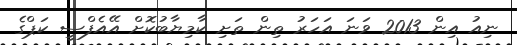
ނިއު އިން 2013 ވަނަ އަހަރު ތިން ތަށި ކާމިޔާބުކޮށް އޭއެފްސީ ކަޕްގެ